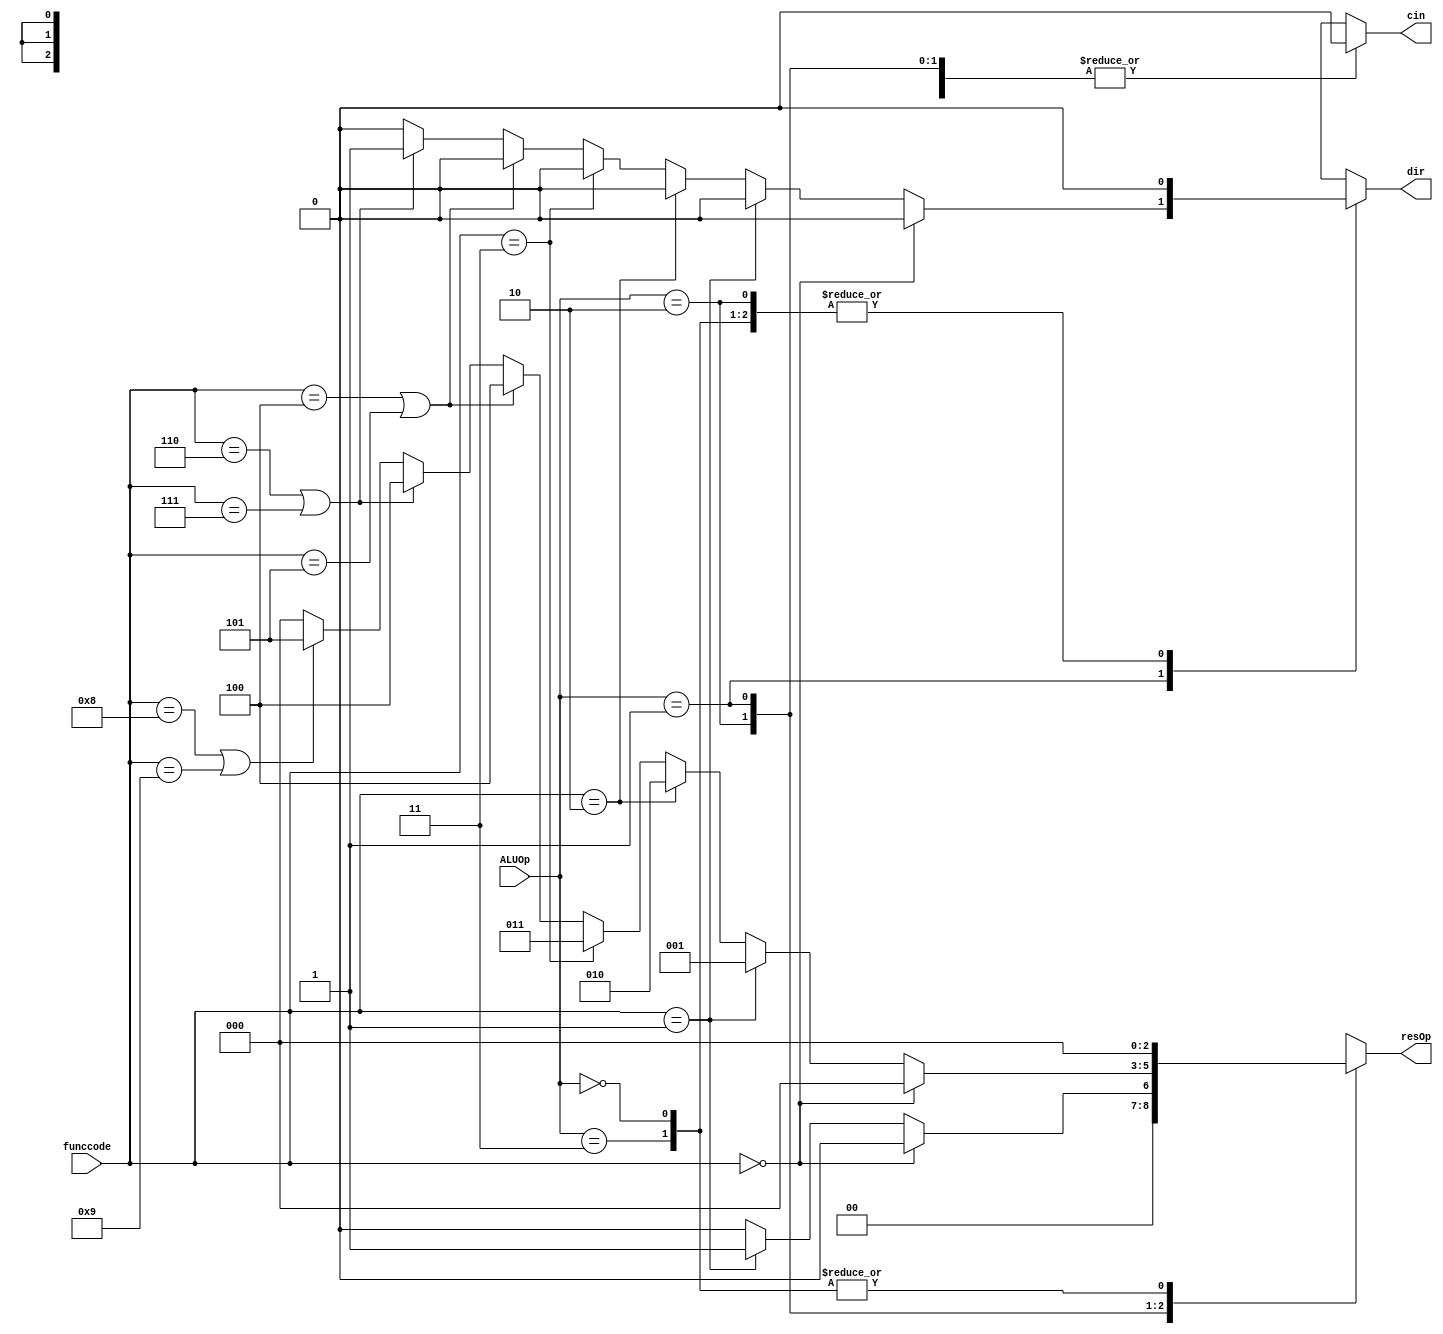
`timescale 1ns / 1ps
//////////////////////////////////////////////////////////////////////////////////
// Company: 
// Engineer: 
// 
// Design Name: 
// Module Name:    alucontrol 
// Project Name: 
// Target Devices: 
// Tool versions: 
// Description: 
//
// Dependencies: 
//
// Revision: 
// Revision 0.01 - File Created
// Additional Comments: 
//
//////////////////////////////////////////////////////////////////////////////////
module ALUControl(ALUOp, funccode, cin, dir, resOp);
	input [4:0] funccode;
	input [1:0] ALUOp;
	parameter R = 2'b01, I = 2'b10, LS = 2'b11, DEF = 2'b00;
	parameter ADD=3'b000, COMP=3'b001, AND=3'b010, XOR=3'b011, SHIFT_L=3'b100, SHIFT_A=3'b101;
	output reg [2:0] resOp;
	output reg cin, dir;
	always @(*) begin
		case (ALUOp)
			LS: begin
				resOp = ADD;
				cin = 1'b0;
				dir = 1'b0;
			end
			
			I: begin
				if(funccode == 5'b00000) begin
					resOp = ADD;
					cin = 1'b0;
					dir = 1'b0;
				end
				else if(funccode == 5'b00001) begin
					resOp = COMP;
					cin = 1'b0;
					dir = 1'b0;
				end
				else begin
					resOp = ADD;
					cin = 1'b0;
					dir = 1'b0;
				end
			end
			
			R: begin
				if(funccode == 5'b00000) begin
					resOp = ADD;
					cin = 1'b0;
					dir = 1'b0;
				end
				else if(funccode == 5'b00001) begin
					resOp = COMP;
					cin = 1'b0;
					dir = 1'b0;
				end
				else if(funccode == 5'b00010) begin
					resOp = AND;
					cin = 1'b0;
					dir = 1'b0;
				end
				else if(funccode == 5'b00011) begin
					resOp = XOR;
					cin = 1'b0;
					dir = 1'b0;
				end
				else if(funccode == 5'b00100 || funccode == 5'b00101) begin
					resOp = SHIFT_L;
					cin = 1'b0;
					dir = 1'b0;
				end
				else if(funccode == 5'b00110 || funccode == 5'b00111) begin
					resOp = SHIFT_L;
					cin = 1'b0;
					dir = 1'b1;
				end
				else if(funccode == 5'b01000 || funccode == 5'b01001) begin
					resOp = SHIFT_A;
					cin = 1'b0;
					dir = 1'b0;
				end
				else begin
					resOp = ADD;
					cin = 1'b0;
					dir = 1'b0;
				end
			end
			
			DEF: begin
				resOp = ADD;
				cin = 1'b0;
				dir = 1'b0;
			end
		endcase	
	end

endmodule